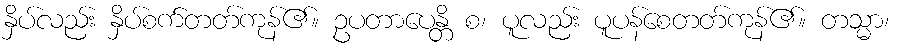
နှိပ်လည်း နှိပ်စက်တတ်ကုန်၏။ ဥပတာပေန္တိ စ၊ ပူလည်း ပူပန်စေတတ်ကုန်၏။ တသ္မာ၊